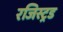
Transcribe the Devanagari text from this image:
रजिस्ट्रड